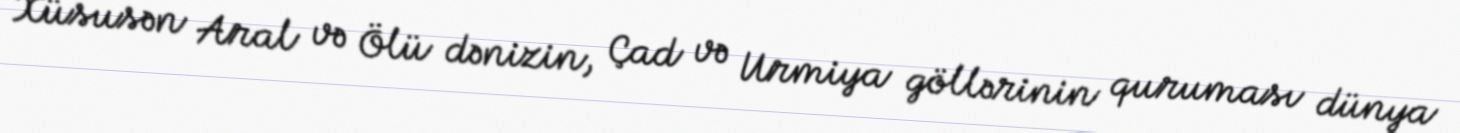
Xüsusən Aral və Ölü dənizin, Çad və Urmiya göllərinin quruması dünya